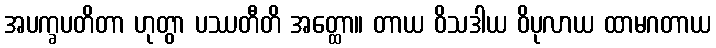
အပက္ခပတိတာ ဟုတွာ ပဿတီတိ အတ္ထော။ တာယ ဝိသဒါယ ဝိပုလာယ ထာမဂတာယ